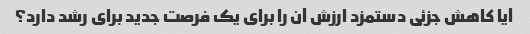
آیا کاهش جزئی دستمزد ارزش آن را برای یک فرصت جدید برای رشد دارد؟